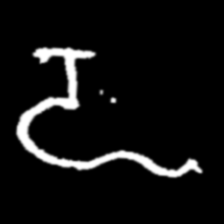
Pyu character \u2014 Myanmar letter: ဍ (romanized: dda)